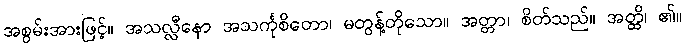
အစွမ်းအားဖြင့်။ အသလ္လီနော အသင်္ကုစိတော၊ မတွန့်တိုသော။ အတ္တာ၊ စိတ်သည်။ အတ္ထိ၊ ၏။